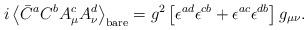
LaTeX: \begin{align*}i\left<\bar C^aC^bA_\mu^cA_\nu^d\right>_{\rm bare} =g^2\left[\epsilon^{ad}\epsilon^{cb} +\epsilon^{ac}\epsilon^{db}\right]g_{\mu\nu}.\end{align*}